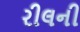
રીલની